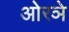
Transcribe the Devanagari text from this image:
ओरञे